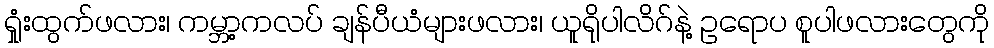
ရှုံးထွက်ဖလား၊ ကမ္ဘာ့ကလပ် ချန်ပီယံများဖလား၊ ယူရိုပါလိဂ်နဲ့ ဥရောပ စူပါဖလားတွေကို